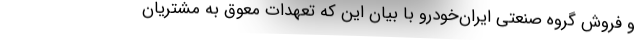
و فروش گروه صنعتی ایران‌خودرو با بیان این که تعهدات معوق به مشتریان